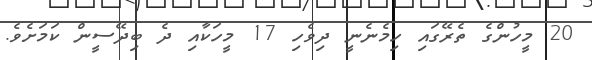
20 މީހުންގެ ތެރޭގައި ހިމެނެނީ ދިވެހި 17 މީހަކާއި ދެ ބިދޭސީން ކަމަށެވެ.